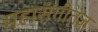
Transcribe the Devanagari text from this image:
महासंगीतज्ञ